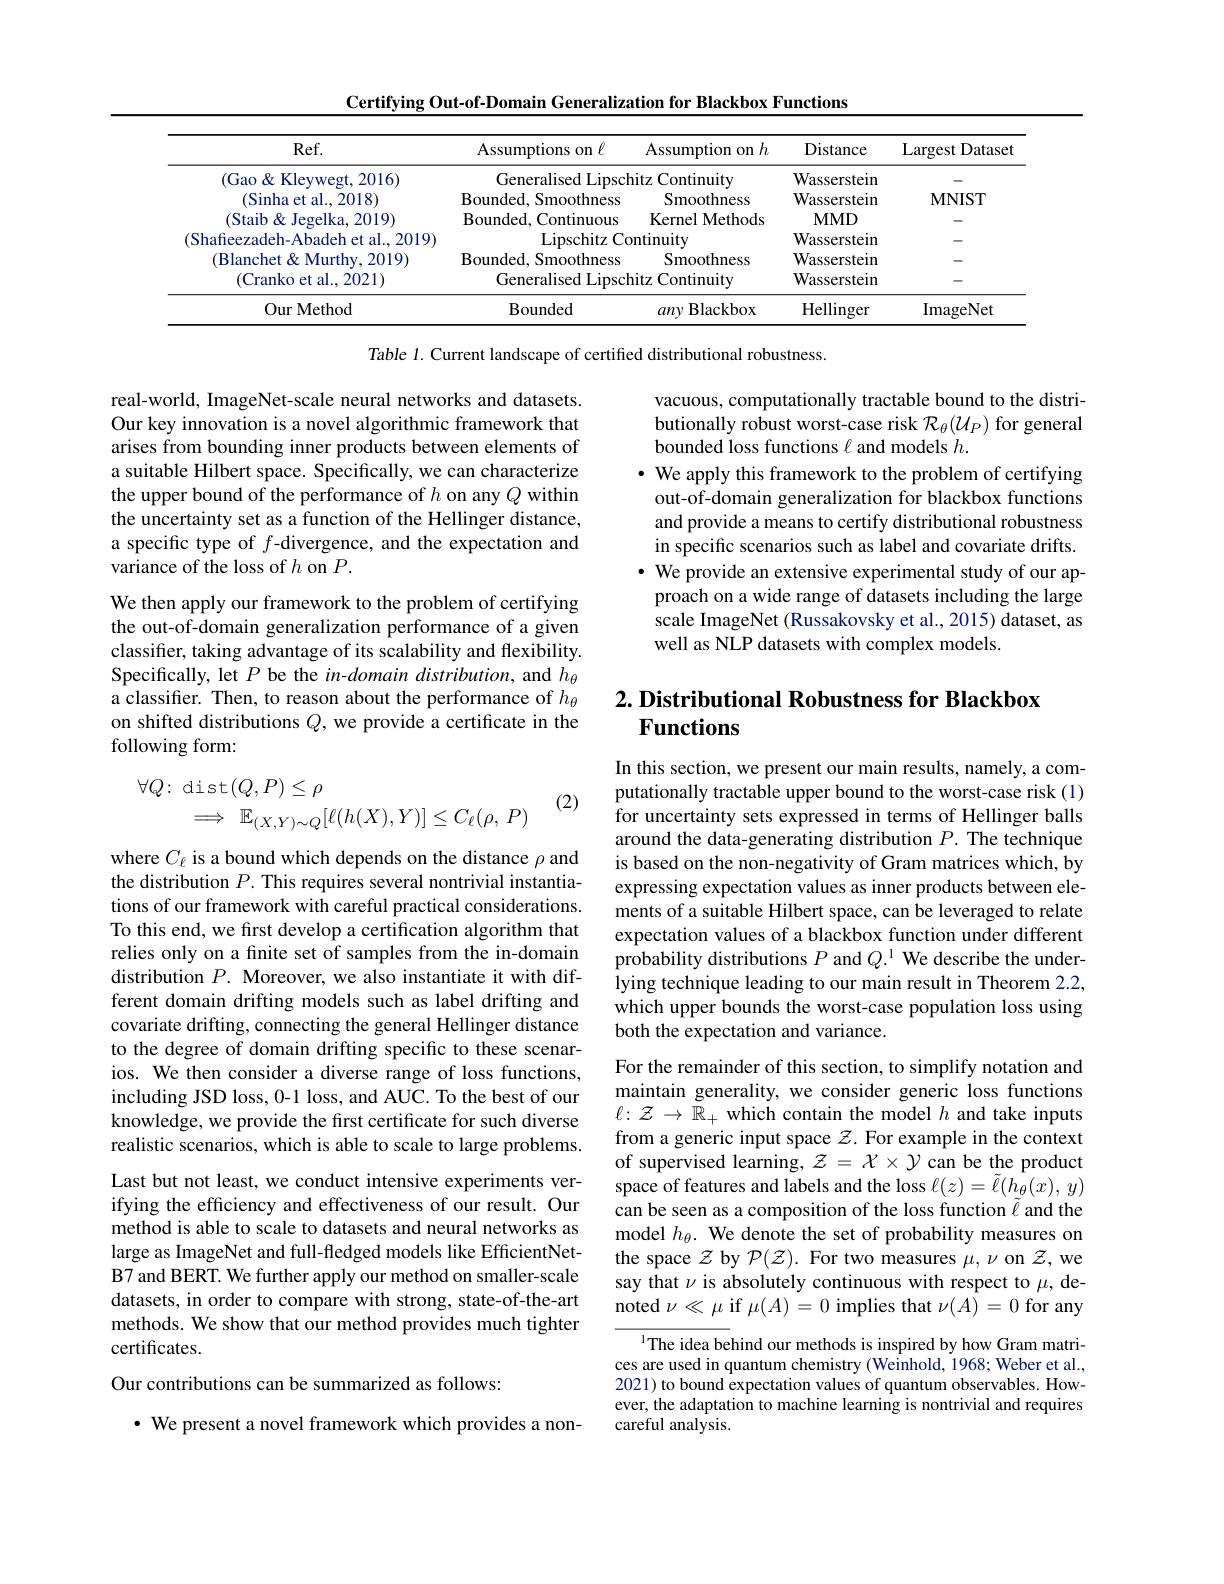
Certifying Out-of-Domain Generalization for Blackbox Functions

<table>
	<tbody>
		<tr>
			<th>$Ref.$</th>
			<th>Assumptions on $\ell$</th>
			<th>$\operatorname{Assumption~on~}h$</th>
			<th>Distance</th>
			<th>$\operatorname{Largest}$ Datase</th>
		</tr>
		<tr>
			<td>(Gao& Kleywegt, 2016)</td>
			<td>Generalised Lipscl</td>
			<td>$iitz($ Continuity</td>
			<td>Wasserstein</td>
			<td> </td>
		</tr>
		<tr>
			<td>(Sinha et al., 2018)</td>
			<td>${\mathrm{Bounded,~Smoothness}}$</td>
			<td>Smoothness</td>
			<td>Wasserstein</td>
			<td>$MNIST$</td>
		</tr>
		<tr>
			<td>(Staib& Jegelka, 2019)</td>
			<td>${\mathrm{Bounded,~Continuous}}$</td>
			<td>Kernel Methods</td>
			<td>$\mathbf{MMD}$</td>
			<td> </td>
		</tr>
		<tr>
			<td>Shafieezadeh-Abadeh et al..2019)</td>
			<td>Lipschitz Cc</td>
			<td>ntinuity</td>
			<td>Wasserstein</td>
			<td> </td>
		</tr>
		<tr>
			<td>(Blanchet& Murthy, 2019)</td>
			<td>Bounded, Smoothness</td>
			<td>Smoothness</td>
			<td>Wasserstein</td>
			<td> </td>
		</tr>
		<tr>
			<td>(Cranko et al., 2021)</td>
			<td>Generalised Lipscl</td>
			<td>nitz Continuity</td>
			<td>Wasserstein</td>
			<td> </td>
		</tr>
		<tr>
			<td>Our Method</td>
			<td>Bounded</td>
			<td>anv Blackbox</td>
			<td>Hellinger</td>
			<td>ImageNet</td>
		</tr>
	</tbody>
</table>

Table 1. Current landscape of certified distributional robustness.

vacuous, computationally tractable bound to the distributionally robust worst-case risk $\mathcal{R}_\theta(\mathcal{U}_P)$ for general bounded loss functions $\ell$ and models $h.$
· We apply this framework to the problem of certifying
out-of-domain generalization for blackbox functions and provide a means to certify distributional robustness in specific scenarios such as label and covariate drifts.
$\cdot$ We provide an extensive experimental study of our approach on a wide range of datasets including the large scale ImageNet (Russakovsky et al., 2015) dataset, as well as NLP datasets with complex models.

real-world, ImageNet-scale neural networks and datasets. Our key innovation is a novel algorithmic framework that arises from bounding inner products between elements of a suitable Hilbert space. Specifically, we can characterize the upper bound of the performance of $h$ on any $Q$ within the uncertainty set as a function of the Hellinger distance, a specific type of $f$-divergence, and the expectation and variance of the loss of $h$ on $P.$
We then apply our framework to the problem of certifying the out-of-domain generalization performance of a given classifier, taking advantage of its scalability and flexibility. Specifically, let $P$ be the in-domain distribution, and $h_\theta$ a classifer. Then, to reason about the performance of $h_\theta$ on shifted distributions $Q$,we provide a certificate in the following form:
$$\begin{aligned}\forall Q\colon&\operatorname{dist}(Q,P)\leq\rho\\&\implies\mathbb{E}_{(X,Y)\sim Q}[\ell(h(X),Y)]\leq C_\ell(\rho,\:P)\end{aligned}$$
## $2. \textbf{ Distributional Robustness for Blackbox}$ Functions

(2)

In this section, we present our main results, namely, a computationally tractable upper bound to the worst-case risk (1) for uncertainty sets expressed in terms of Hellinger balls around the data-generating distribution $P.$ The technique is based on the non-negativity of Gram matrices which, by expressing expectation values as inner products between elements of a suitable Hilbert space, can be leveraged to relate expectation values of a blackbox function under different probability distributions $P$ and $Q.^{1}$ We describe the underlying technique leading to our main result in Theorem 2.2, which upper bounds the worst-case population loss using both the expectation and variance.

For the remainder of this section, to simplify notation and maintain generality, we consider generic loss functions $\ell:\mathcal{Z}\to\tilde{\mathbb{R}}_+$ which contain the model $h$ and take inputs from a generic input space $z$.For example in the context of supervised learning, $\mathcal{Z}=\mathcal{X}\times\mathcal{Y}$ can be the product space of features and labels and the loss $\ell(z)=\tilde{\ell}(\hat{h_\theta(x)},y)$ can be seen as a composition of the loss function $\tilde{\ell}$ and the model $h_\theta.$ We denote the set of probability measures on the space $\mathcal{Z}$ by $\mathcal{P}(\mathcal{Z}).$ For two measures $\mu,\nu$ on $\mathcal{Z}$,we say that $\nu$ is absolutely continuous with respect to $\mu$, de- ${\mathrm{noted~}\nu\ll\mu\text{ if }\mu(A)=0\text{ implies that }\nu(\hat{A})=0\text{ for any}}$
$^{1}$The idea behind our methods is inspired by how Gram matrices are used in quantum chemistry (Weinhold, 1968; Weber et al., 2021) to bound expectation values of quantum observables. However, the adaptation to machine learning is nontrivial and requires

where $C_\ell$ is a bound which depends on the distance $\rho$ and the distribution $P.$ This requires several nontrivial instantiations of our framework with careful practical considerations. To this end, we first develop a certification algorithm that relies only on a finite set of samples from the in-domain distribution $P.$ Moreover, we also instantiate it with different domain drifting models such as label drifting and covariate drifting, connecting the general Hellinger distance to the degree of domain drifting specific to these scenarios. We then consider a diverse range of loss functions, including JSD loss, 0-1 loss, and AUC. To the best of our knowledge, we provide the first certificate for such diverse realistic scenarios, which is able to scale to large problems. Last but not least, we conduct intensive experiments verifying the efficiency and effectiveness of our result. Our method is able to scale to datasets and neural networks as large as ImageNet and full-fledged models like EfficientNetB7 and BERT. We further apply our method on smaller-scale datasets, in order to compare with strong, state-of-the-art methods. We show that our method provides much tighter certificates.
Our contributions can be summarized as follows:
$\cdot$ We present a novel framework which provides a non-

careful analysis.